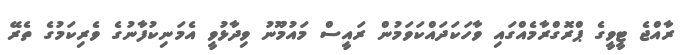
ރާއްޖެ ޓީވީގެ ޕްރޮގްރާމެއްގައި ވާހަކަދައްކަވަމުން ރައީސް މައުމޫނު ވިދާޅުވީ އެމަނިކުފާނުގެ ވެރިކަމުގެ ތެރޭ